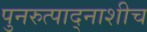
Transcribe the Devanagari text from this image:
पुनरुत्पाद्नाशीच